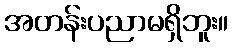
အတန်းပညာမရှိဘူး။